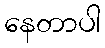
နေတာပါ